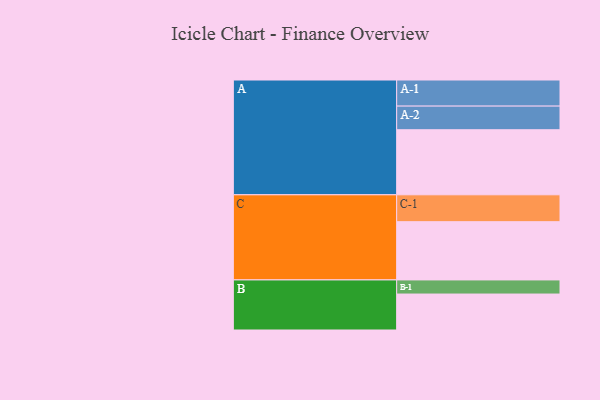
{"axis": {"x": "Segment", "y": "Value"}, "legend": ["", "A", "B", "C"], "data": [{"x": "A", "y": 581, "type": ""}, {"x": "B", "y": 321, "type": ""}, {"x": "C", "y": 520, "type": ""}, {"x": "A-1", "y": 233, "type": "A"}, {"x": "A-2", "y": 211, "type": "A"}, {"x": "B-1", "y": 126, "type": "B"}, {"x": "C-1", "y": 240, "type": "C"}]}